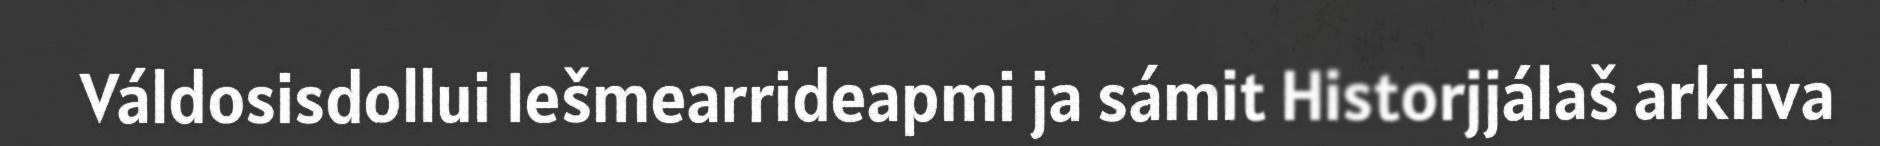
Váldosisdollui Iešmearrideapmi ja sámit Historjjálaš arkiiva